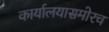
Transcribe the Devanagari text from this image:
कार्यालयासमोरच